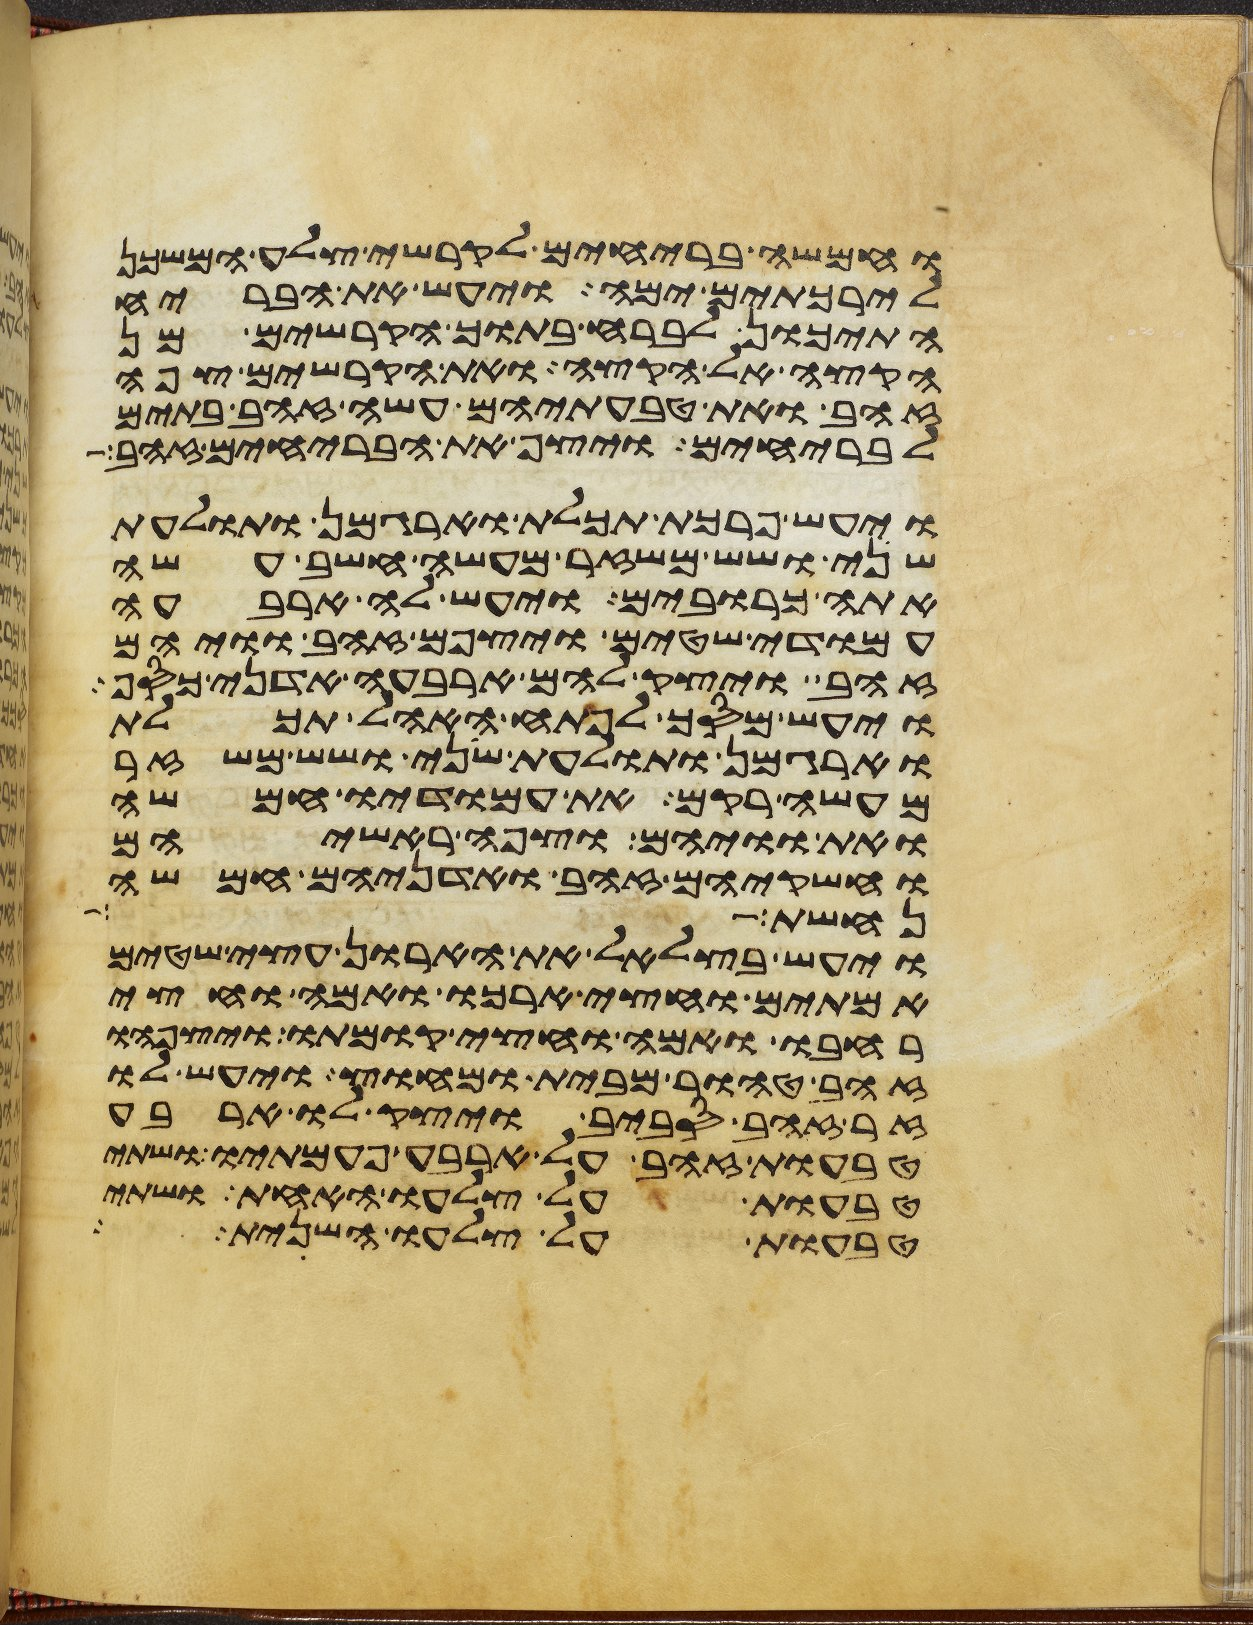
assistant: וחמשה בריחים לקרשי צלע המשכן
לירכתים ימה ויעש את הבריח
התיכון לברח בתוך הקרשים מן
הקצה אל הקצה ואת הקרשים צפה
זהב ואת טבעתיהם עשה זהב בתים
לבריחים ויצף את הבריחים זהב
ויעש פרכת תכלת וארגמן ותולעת
שני ושש משזר מעשה חשב עשה
אתה כרובים ויעש לה ארבעה
עמודי שטים ויצפם זהב וויהם
זהב ויצק להם ארבעה אדני כסף
ויעש מסך לפתח האהל תכלת
וארגמן ותולעת שני ושש משזר
מעשה רקם את עמודיו חמשה
ואת וויהם וצפה ראשיהם
וחשקיהם זהב ואדניהם חמשה
נחשת ארך
ויעש בצלאל את הארון עצי שטים
אמתים וחצי ארכו ואמה וחצי
רחבו ואמה וחצי קומתו ויצפהו
זהב טהור מבית ומחוץ ויעש לו
זר זהב סביב ויצק לו ארבע
טבעות זהב על ארבע פעמתיו ושתי
טבעות על צלעו האחד ושתי
טבעות על צלעו השני